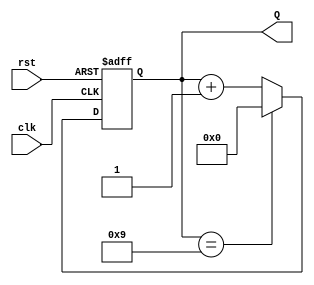
module decade_counter (
    input wire clk,          // Clock input
    input wire rst,          // Asynchronous reset input
    output reg [3:0] Q       // 4-bit output for the counter value
);

    // Always block triggered on the rising edge of the clock or when reset is asserted
    always @(posedge clk or posedge rst) begin
        if (rst) begin
            // Asynchronous reset: set counter to 0
            Q <= 4'b0000;
        end else begin
            // Increment the counter on each clock cycle
            if (Q == 4'b1001) begin
                // If the counter reaches 9 (1001), reset to 0
                Q <= 4'b0000;
            end else begin
                // Otherwise, increment the counter
                Q <= Q + 1;
            end
        end
    end

endmodule